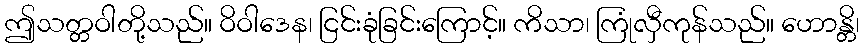
ဤသတ္တဝါတို့သည်။ ဝိဝါဒေန၊ ငြင်းခုံခြင်းကြောင့်။ ကိသာ၊ ကြုံလှီကုန်သည်။ ဟောန္တိ၊